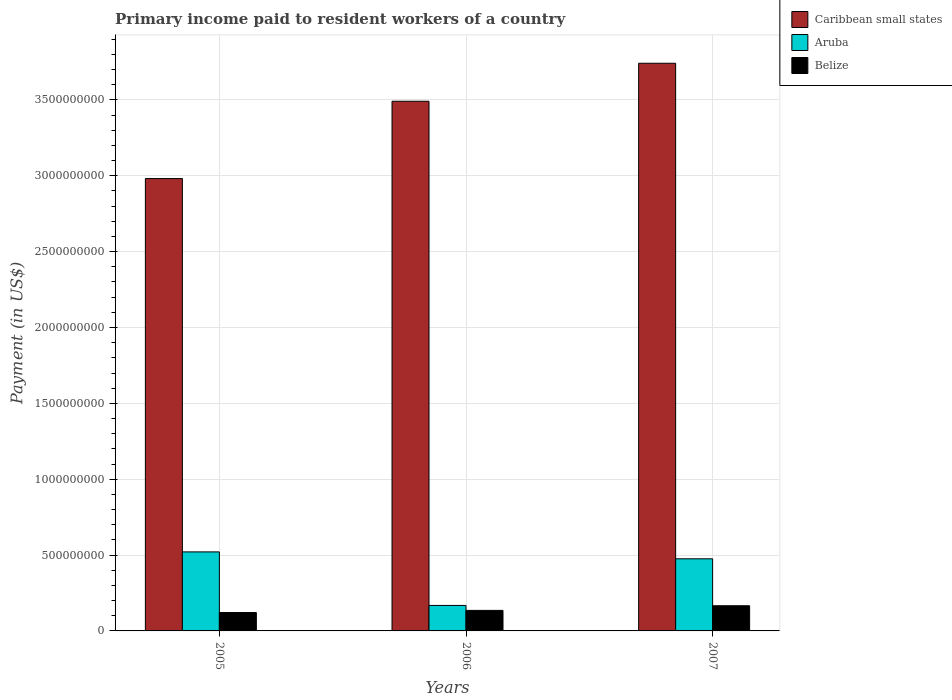
| Years | Caribbean small states | Aruba | Belize |
 | --- | --- | --- | --- |
 | 2005 | 2.98e+09 | 5.21e+08 | 1.21e+08 |
 | 2006 | 3.49e+09 | 1.68e+08 | 1.35e+08 |
 | 2007 | 3.74e+09 | 4.75e+08 | 1.66e+08 |